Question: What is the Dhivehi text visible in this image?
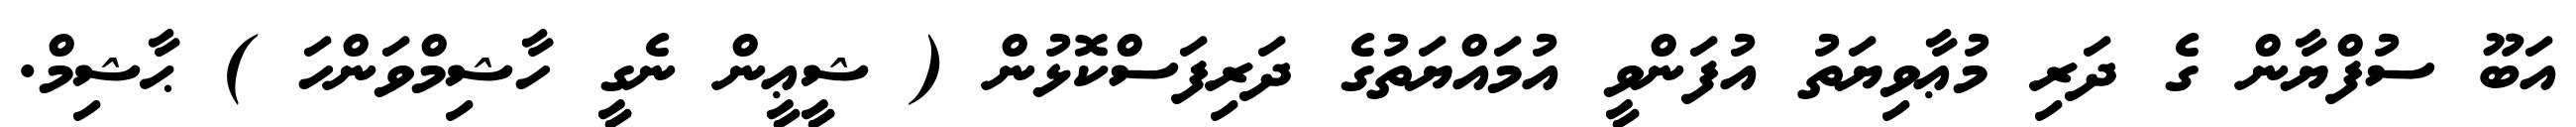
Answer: އަބޫ ސުފްޔާން ގެ ދަރި މުޢާވިޔަތު އުފަންވީ އުމައްޔަތުގެ ދަރިފަސްކޮޅުން ( ޝީޢީން ނެގީ ހާޝިމްވަންހަ ) ޙާޝިމް.